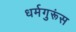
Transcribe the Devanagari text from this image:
धर्मगुरूंस